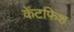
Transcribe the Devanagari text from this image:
कॅटफिश